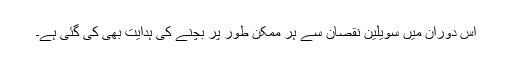
اس دوران میں سویلین نقصان سے ہر ممکن طور پر بچنے کی ہدایت بھی کی گئی ہے۔